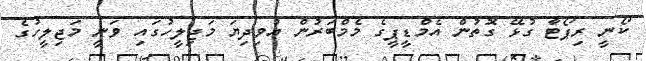
ކޯނީ ރިޕޯޓާ ގުޅޭ ގޮތުން އެމްޑީޕީގެ މެމްބަރުން އުވިދިޔަ މަޖިލީހުގައި ވަނީ މަޖިލީހުގެ